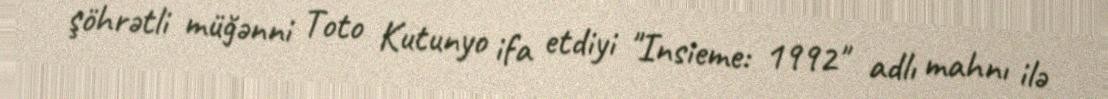
şöhrətli müğənni Toto Kutunyo ifa etdiyi "Insieme: 1992" adlı mahnı ilə